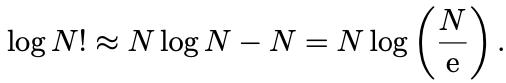
\[\log N! \approx N \log N - N = N \log \left(\frac{N}{\mathrm{e}}\right) .\]